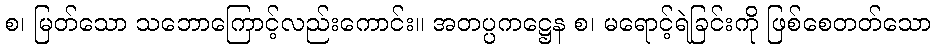
စ၊ မြတ်သော သဘောကြောင့်လည်းကောင်း။ အတပ္ပကဋ္ဌေန စ၊ မရောင့်ရဲခြင်းကို ဖြစ်စေတတ်သော